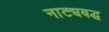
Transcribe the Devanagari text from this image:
नाट्यबद्ध